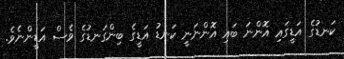
ކަނޑުގެ އަޑީގައި އޮންނަ ބައި އޮންނަނީ ކަނޑު އަޑީގެ ބިންގަނޑުގެ ވެސް އަޑީންނެވެ.